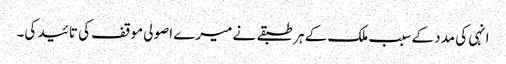
انہی کی مدد کے سبب ملک کے ہر طبقے نے میرے اصولی موقف کی تائید کی۔